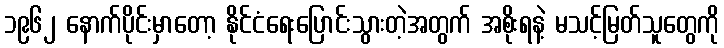
၁၉၆၂ နောက်ပိုင်းမှာတော့ နိုင်ငံရေးပြောင်းသွားတဲ့အတွက် အစိုးရနဲ့ မသင့်မြတ်သူတွေကို